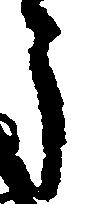
う